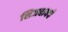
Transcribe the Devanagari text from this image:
शिजवायचे